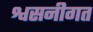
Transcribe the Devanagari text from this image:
श्वसनीगत